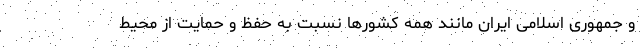
و جمهوری اسلامی ایران مانند همه کشورها نسبت به حفظ و حمایت از محیط